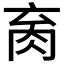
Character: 𰮑